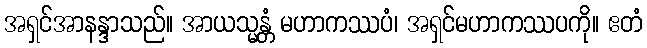
အရှင်အာနန္ဒာသည်။ အာယသ္မန္တံ မဟာကဿပံ၊ အရှင်မဟာကဿပကို။ ဧတံ